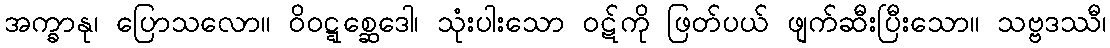
အက္ခာနု၊ ပြောသလော။ ဝိဝဋ္ဋစ္ဆေဒေါ၊ သုံးပါးသော ဝဋ်ကို ဖြတ်ပယ် ဖျက်ဆီးပြီးသော။ သဗ္ဗဒဿီ၊